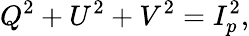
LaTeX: Q^{2}+U^{2}+V^{2}=I_{p}^{2},